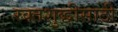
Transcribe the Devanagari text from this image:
रक्तशुद्धीसाठी